Leaving Certificate Examination, 1920
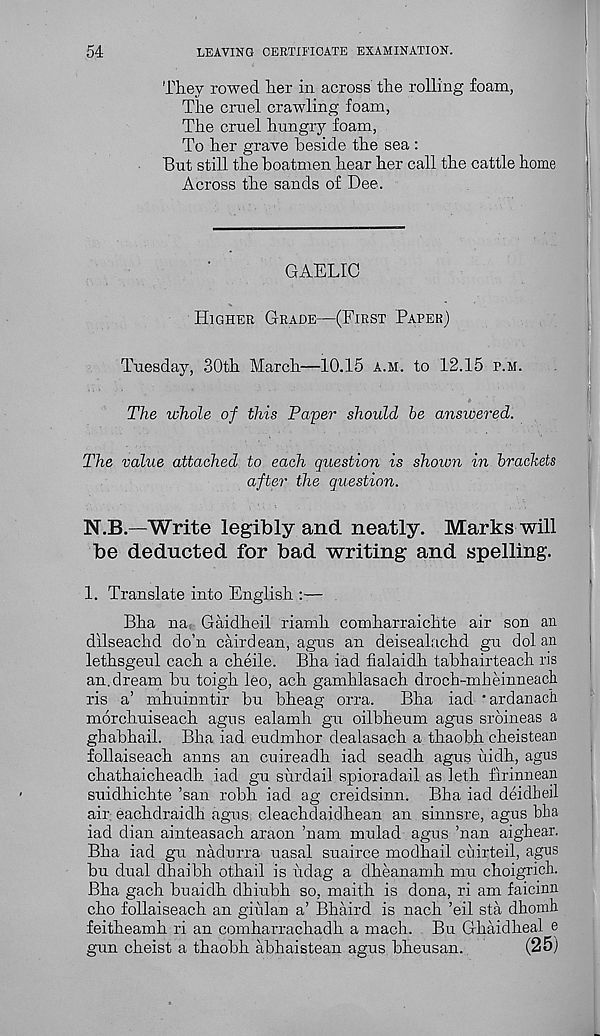
54
LEAVING CERTIFICATE EXAMINATION.
They rowed her in across the rolling foam,
The cruel crawling foam,
The cruel hungry foam,
To her grave beside the sea :
But still the boatmen hear her call the cattle home
Across the sands of Dee.
GAELIC
Higher Grade—(First Paper)
Tuesday, 30th March—10.15 a.m. to 12.15 p.m.
The whole of this Paper should be answered.
The value attached to each question is shoivn in brackets
after the question.
N.B.—Write legibly and neatly. Marks will
be deducted for bad writing and spelling.
1. Translate into English :—
Bha na : Gaidheil riamh comharraichte air son an
dilseachd do’n cairdean, agus an deisealachd gu dol an
lethsgeul each a cheile. Bha iad fialaidh tabhairteach ris
an. dream bu toigh leo, ach gamhlasach droch-mheinneach
ris a’ mhuinntir bu bheag orra.
Bha iad 'ardanach
morchuiseach agus ealamh gu oilbheum agus sroineas a
ghabhail. Bha iad eudmhor dealasach a thaobh cheistean
follaiseach anns an cuireadh iad seadh agus uidh, agus
chathaicheadh iad gu surdail spioradail as leth flrinnean
suidhichte ’san robh iad ag creidsinn. Bha iad deidheil
air eachdraidh agus cleachdaidhean an sinnsre, agus hha
iad dian ainteasach araon ’nam mulad agus ’nan aighear.
Bha iad gu nadurra nasal suairce modhail cuirteil, agus
bu dual dhaibh othail is udag a dheanamh mu choigrich.
Bha gach buaidh dhiubh so, maith is dona, ri am faicinn
cho follaiseach an giulan a’ Bhaird is nach ’eil sta dhornh
feitheamh ri an comharrachadh a mach. Bu Ghaidheal e
gun cheist a thaobh abhaistean agus bheusan.
(25)